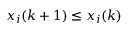
x _ { i } ( k + 1 ) \leq x _ { i } ( k )